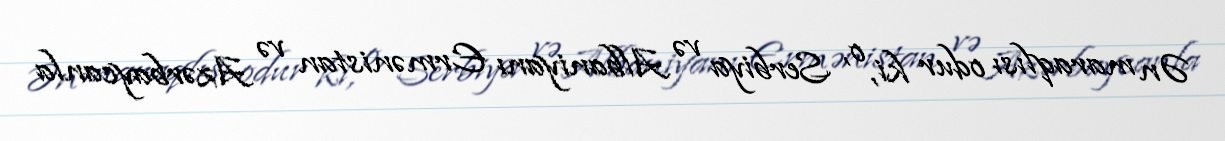
Ən maraqlısı odur ki, o, Serbiya və Albaniyanı Ermənistan və Azərbaycanla